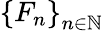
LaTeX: \left\{ F_{n}\right\} _{n\in\mathbb{N}}